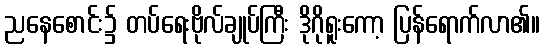
ညနေစောင်း၌ တပ်ရေးဗိုလ်ချုပ်ကြီး ဒိုဂိုရူးကော့ ပြန်ရောက်လာ၏။